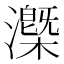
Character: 𰝧